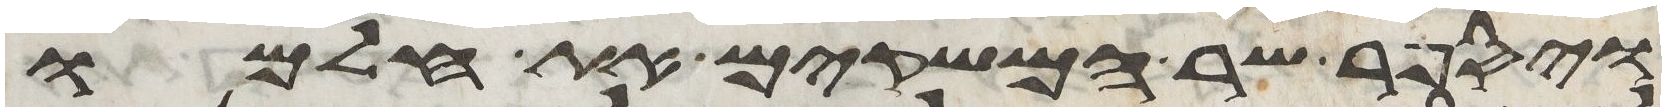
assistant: ויספר שר המשקים את חלמו